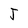
Character: J